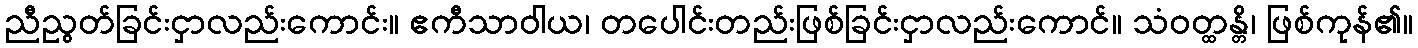
ညီညွတ်ခြင်းငှာလည်းကောင်း။ ဧကီသာဝါယ၊ တပေါင်းတည်းဖြစ်ခြင်းငှာလည်းကောင်။ သံဝတ္ထန္တိ၊ ဖြစ်ကုန်၏။